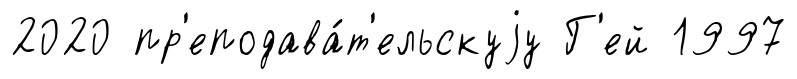
2020 пр'еподава́т'ельскуjу Г'ей 1997